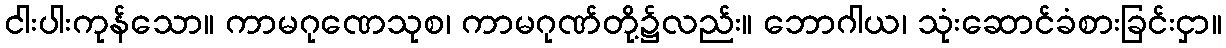
ငါးပါးကုန်သော။ ကာမဂုဏေသုစ၊ ကာမဂုဏ်တို့၌လည်း။ ဘောဂါယ၊ သုံးဆောင်ခံစားခြင်းငှာ။